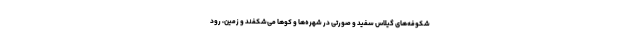
شکوفه‌های گیلاس سفید و صورتی در شهره‌ها و کو‌ها می‌شکفند و زمین، رود